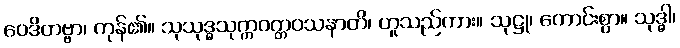
ဝေဒိတဗ္ဗာ၊ ကုန်၏။ သုသုဒ္ဓသုက္ကဝတ္တဝသနာတိ၊ ဟူသည်ကား။ သုဋ္ဌု၊ ကောင်းစွာ။ သုဒ္ဓါ၊